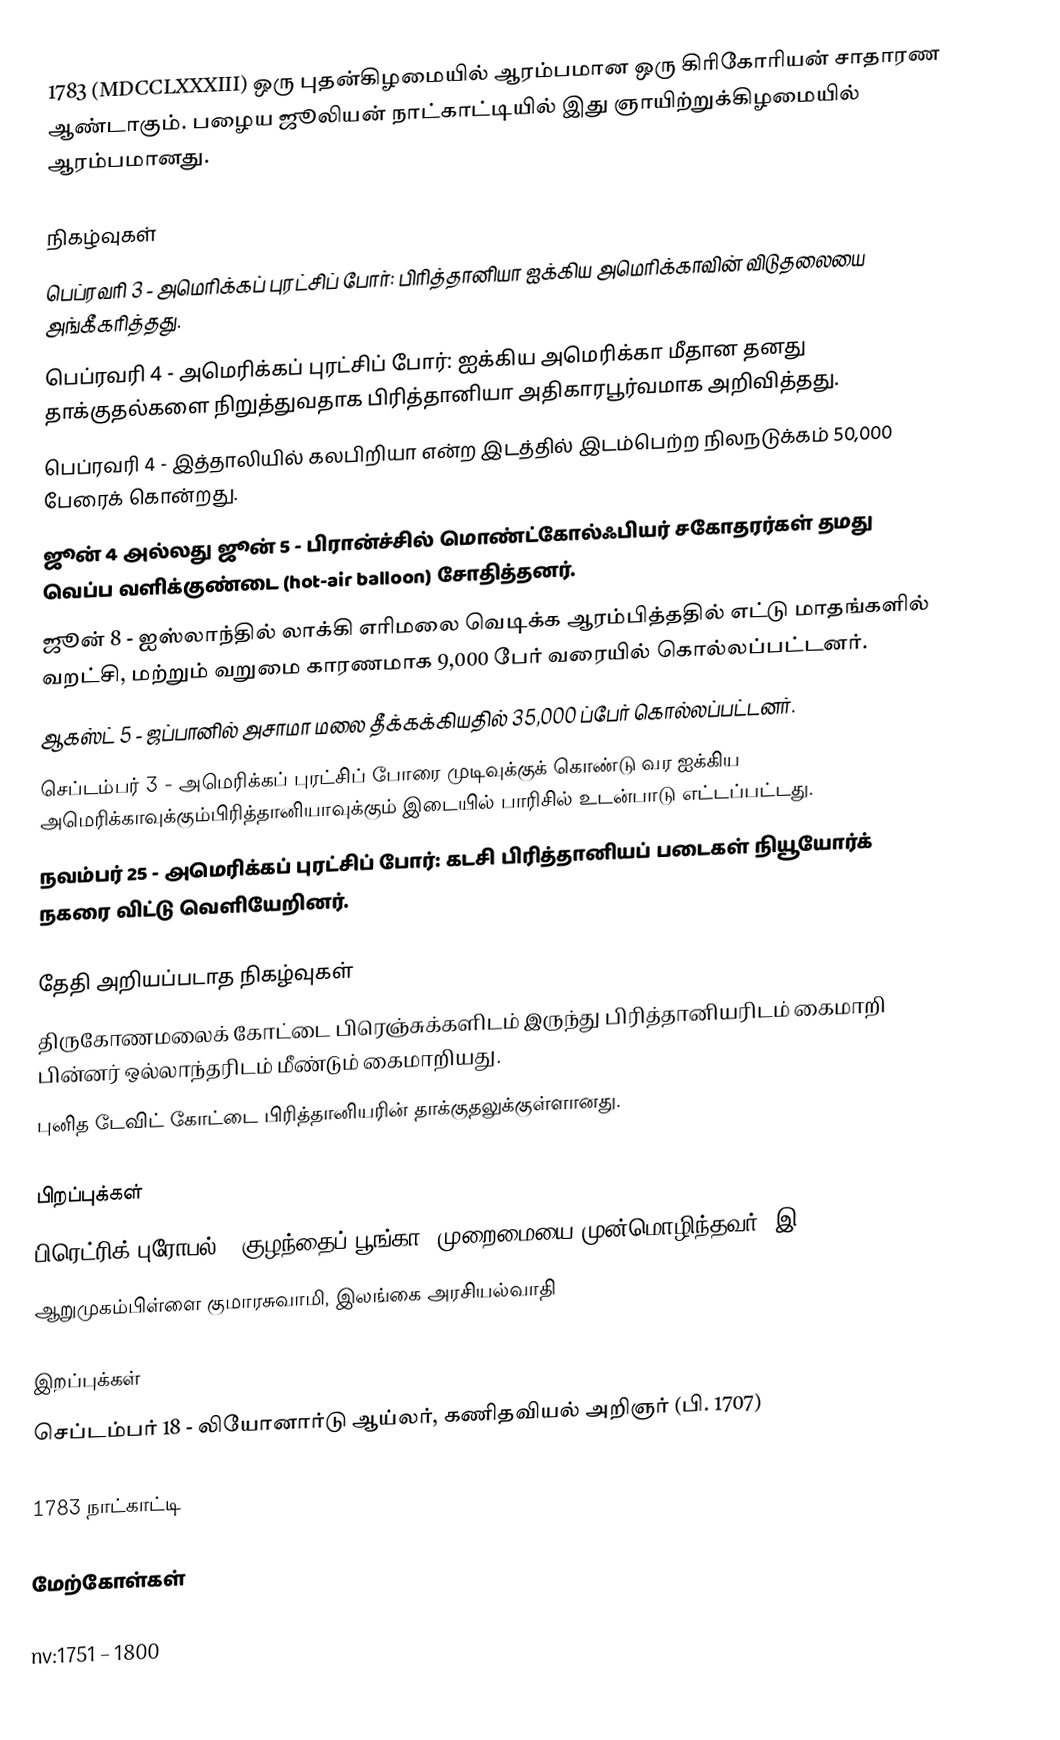
1783  (MDCCLXXXIII) ஒரு புதன்கிழமையில் ஆரம்பமான ஒரு கிரிகோரியன் சாதாரண ஆண்டாகும். பழைய ஜூலியன் நாட்காட்டியில் இது ஞாயிற்றுக்கிழமையில் ஆரம்பமானது.

நிகழ்வுகள்
 பெப்ரவரி 3 - அமெரிக்கப் புரட்சிப் போர்: பிரித்தானியா ஐக்கிய அமெரிக்காவின் விடுதலையை அங்கீகரித்தது.
 பெப்ரவரி 4 - அமெரிக்கப் புரட்சிப் போர்: ஐக்கிய அமெரிக்கா மீதான தனது தாக்குதல்களை நிறுத்துவதாக பிரித்தானியா அதிகாரபூர்வமாக அறிவித்தது.
 பெப்ரவரி 4 - இத்தாலியில் கலபிறியா என்ற இடத்தில் இடம்பெற்ற நிலநடுக்கம் 50,000 பேரைக் கொன்றது.
 ஜூன் 4 அல்லது ஜூன் 5 - பிரான்ச்சில் மொண்ட்கோல்ஃபியர் சகோதரர்கள் தமது வெப்ப வளிக்குண்டை (hot-air balloon) சோதித்தனர்.
 ஜூன் 8 - ஐஸ்லாந்தில் லாக்கி எரிமலை வெடிக்க ஆரம்பித்ததில் எட்டு மாதங்களில் வறட்சி, மற்றும் வறுமை காரணமாக 9,000 பேர் வரையில் கொல்லப்பட்டனர்.
 ஆகஸ்ட் 5 - ஜப்பானில் அசாமா மலை தீக்கக்கியதில் 35,000 ப்பேர் கொல்லப்பட்டனர்.
 செப்டம்பர் 3 - அமெரிக்கப் புரட்சிப் போரை முடிவுக்குக் கொண்டு வர ஐக்கிய அமெரிக்காவுக்கும்பிரித்தானியாவுக்கும் இடையில் பாரிசில் உடன்பாடு எட்டப்பட்டது.
 நவம்பர் 25 - அமெரிக்கப் புரட்சிப் போர்: கடசி பிரித்தானியப் படைகள் நியூயோர்க் நகரை விட்டு வெளியேறினர்.

தேதி அறியப்படாத நிகழ்வுகள்
 திருகோணமலைக் கோட்டை பிரெஞ்சுக்களிடம் இருந்து பிரித்தானியரிடம் கைமாறி பின்னர் ஒல்லாந்தரிடம் மீண்டும் கைமாறியது.
 புனித டேவிட் கோட்டை பிரித்தானியரின் தாக்குதலுக்குள்ளானது.

பிறப்புக்கள்
 பிரெட்ரிக் புரோபல், "குழந்தைப் பூங்கா" முறைமையை முன்மொழிந்தவர் (இ. 1852)
 ஆறுமுகம்பிள்ளை குமாரசுவாமி, இலங்கை அரசியல்வாதி

இறப்புக்கள்
 செப்டம்பர் 18 - லியோனார்டு ஆய்லர், கணிதவியல் அறிஞர் (பி. 1707)

1783 நாட்காட்டி

மேற்கோள்கள்

nv:1751 – 1800